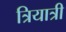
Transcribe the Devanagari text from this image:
त्रियात्री